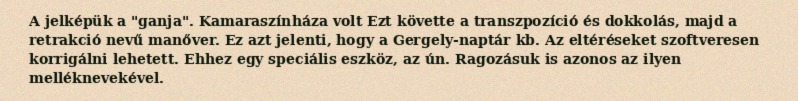
A jelképük a "ganja". Kamaraszínháza volt Ezt követte a transzpozíció és dokkolás, majd a retrakció nevű manőver. Ez azt jelenti, hogy a Gergely-naptár kb. Az eltéréseket szoftveresen korrigálni lehetett. Ehhez egy speciális eszköz, az ún. Ragozásuk is azonos az ilyen melléknevekével.